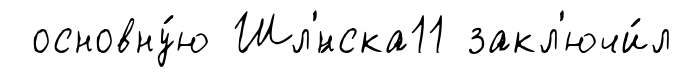
основну́ю Шл'́нска11 закл'ючи́л